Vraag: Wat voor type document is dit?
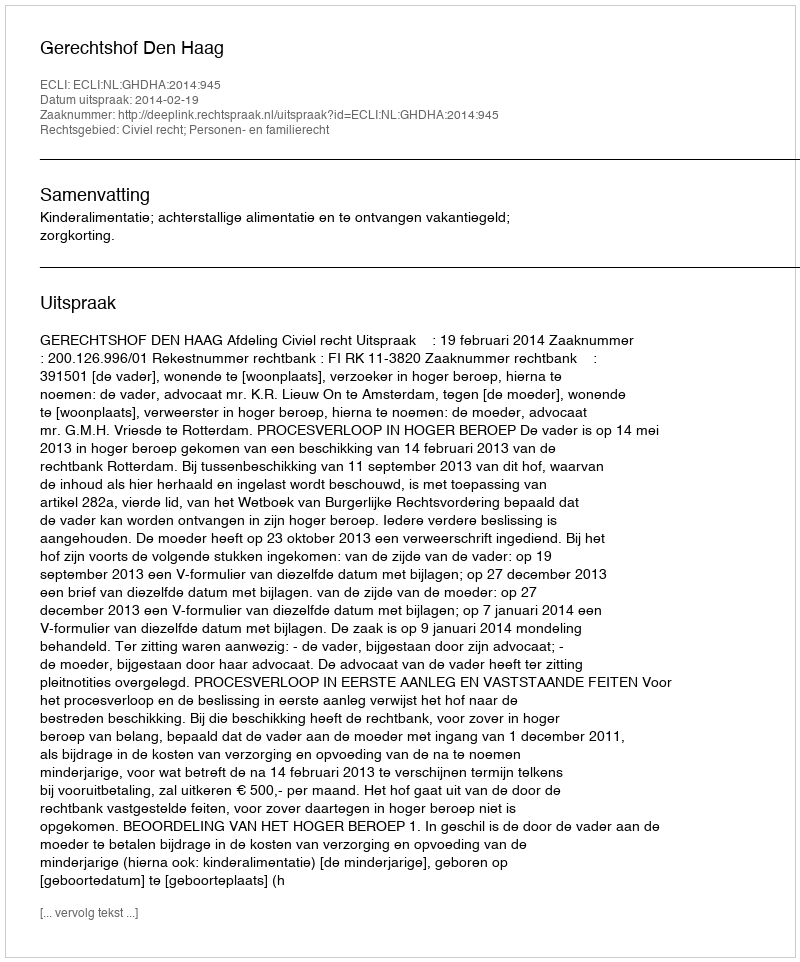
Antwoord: Uitspraak